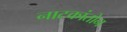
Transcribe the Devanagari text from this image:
नाटकांतोन